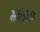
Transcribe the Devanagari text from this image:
सचेष्टता